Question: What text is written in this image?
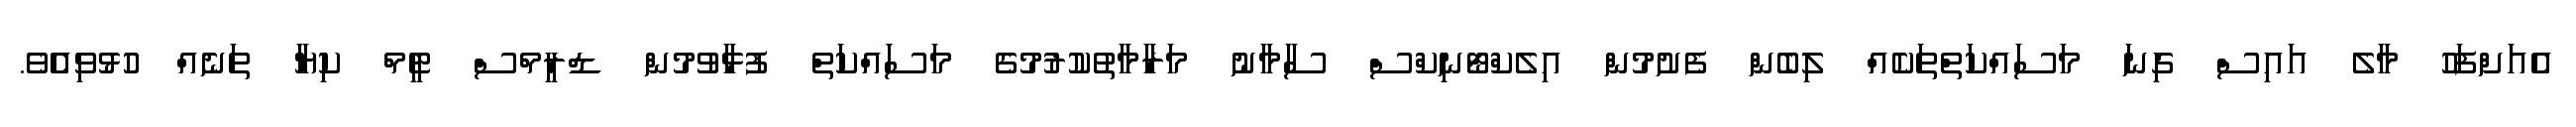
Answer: އެއަށްފަހު މާލެ އައިސް ގިނަ މަސައްކަތްތަކެއް ލިބެން ފެށުމުން އިލެކްޓޯނިކްސް ސާމާނު މަރާމާތުކުރުމުގެ މަސަައްކަތް ފުޅާވުމުން ޑްރީމްސް ޓީމް ކިޔާ ތަނެއް ހުޅުވިއެެެވެ.